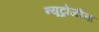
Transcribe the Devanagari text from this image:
न्यूट्रोजीना